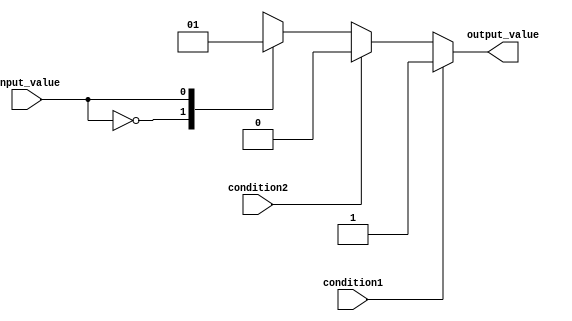
module behavioral_modeling_block(
    input wire condition1,
    input wire condition2,
    input wire input_value,
    output reg output_value
);

initial begin
    if (condition1) begin
        output_value = 1;
    end else if (condition2) begin
        output_value = 0;
    end else begin
        case(input_value)
            0: output_value = 0;
            1: output_value = 1;
            default: output_value = 0;
        endcase
    end
end

endmodule